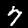
Label: 7